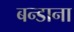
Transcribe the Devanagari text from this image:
बन्डाना